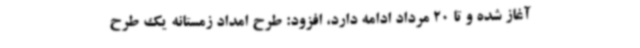
آغاز شده و تا 20 مرداد ادامه دارد، افزود: طرح امداد زمستانه یک طرح